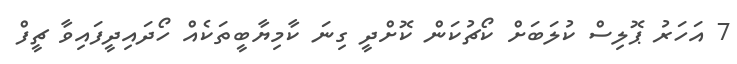
7 އަހަރު ޕޮލިސް ކުލަބަށް ކޯޗުކަން ކޮށްދީ ގިނަ ކާމިޔާބީތަކެއް ހޯދައިދީފައިވާ ޗީފް